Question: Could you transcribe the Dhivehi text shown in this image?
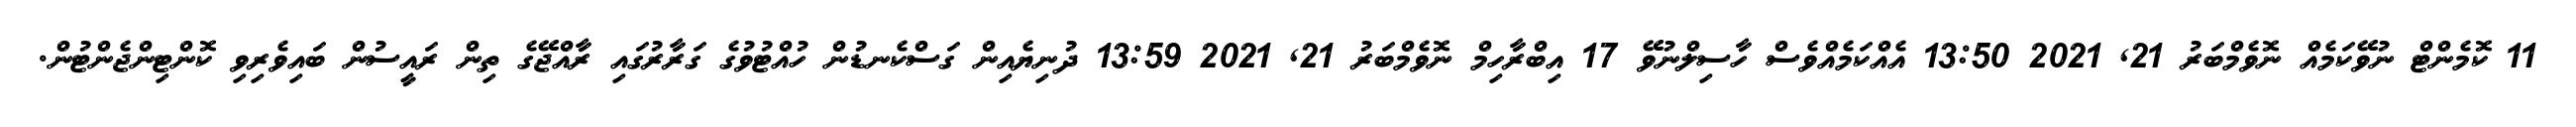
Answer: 11 ކޮމެންޓް ނުވޭކަމެއް ނޮވެމްބަރު 21, 2021 13:50 އެއްކަމެއްވެސް ހާސިލްނުވޭ 17 އިބްރާހިމް ނޮވެމްބަރު 21, 2021 13:59 ދުނިޔެއިން ގަސްކެނޑުން ހުއްޓުވުގެ ގަރާރުގައި ރާއްޖޭގެ ތިން ރައީސުން ބައިވެރިވި ކޮންޓިންޖެންޓުން.